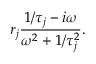
r _ { j } \frac { 1 / \tau _ { j } - i \omega } { \omega ^ { 2 } + 1 / \tau _ { j } ^ { 2 } } .